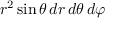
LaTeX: r ^ { 2 } \sin \theta \, d r \, d \theta \, d \varphi